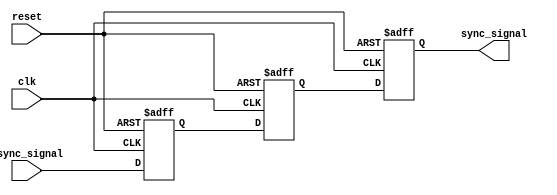
module signal_level_crossing_synchronizer (
    input wire clk,          // Receiving clock domain
    input wire reset,        // Asynchronous reset
    input wire async_signal, // Asynchronous input signal to be synchronized
    output reg sync_signal   // Synchronized output signal
);

    // Internal signals for the dual flip-flop synchronizer
    reg ff1, ff2;

    // Dual Flip-Flop Synchronizer
    always @(posedge clk or posedge reset) begin
        if (reset) begin
            ff1 <= 1'b0; // Initialize first flip-flop on reset
            ff2 <= 1'b0; // Initialize second flip-flop on reset
            sync_signal <= 1'b0; // Initialize output on reset
        end else begin
            ff1 <= async_signal; // Sample the asynchronous signal
            ff2 <= ff1;          // Sample the output of the first flip-flop
            sync_signal <= ff2;  // Output the synchronized signal
        end
    end

endmodule